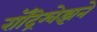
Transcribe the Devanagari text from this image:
रॉद्रिग्वेझने